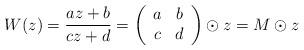
LaTeX: \begin{align*}W(z)=\frac{az+b}{cz+d}=\left(\begin{array}{cc}a&b\\c&d\end{array}\right)\odot z=M \odot z\end{align*}